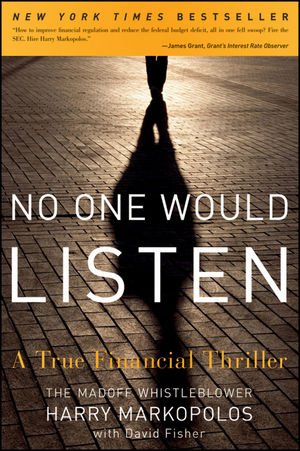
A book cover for No One Would Listen: A True Financial Thriller; Harry Markopolos; Biographies & Memoirs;